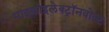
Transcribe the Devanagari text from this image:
माइक्रोइलेक्ट्रॉनवोल्ट